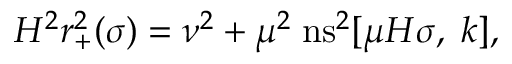
H ^ { 2 } r _ { + } ^ { 2 } ( \sigma ) = \nu ^ { 2 } + \mu ^ { 2 } \; \mathrm { n s } ^ { 2 } [ \mu H \sigma , \; k ] ,